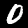
Label: 0